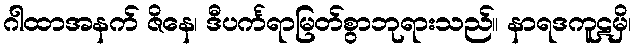
ဂါထာအနက် ဇိနေ၊ ဒီပင်္ကရာမြတ်စွာဘုရားသည်။ နာရဒကူဋမှိ၊